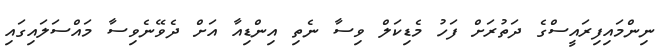
ނިންމައިފިރައީސްގެ ދަތުރަށް ފަހު މެޑިކަލް ވިސާ ނެތި އިންޑިއާ އަށް ދެވޭނެވިސާ މައްސަލައިގައި